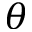
\theta